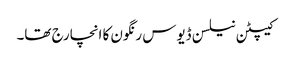
کیپٹن نیلسن ڈیوس رنگون کا انچارج تھا۔